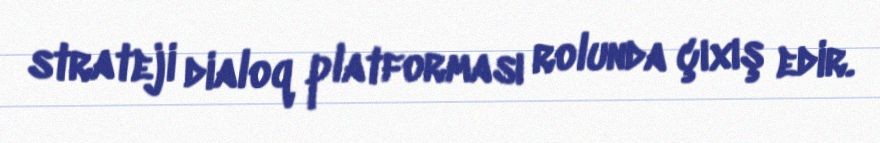
strateji dialoq platforması rolunda çıxış edir.